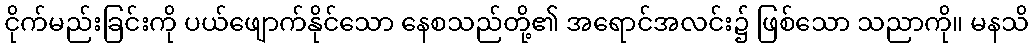
ငိုက်မည်းခြင်းကို ပယ်ဖျောက်နိုင်သော နေစသည်တို့၏ အရောင်အလင်း၌ ဖြစ်သော သညာကို။ မနသိ